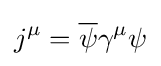
j^{\mu }={\overline {\psi }}\gamma ^{\mu }\psi